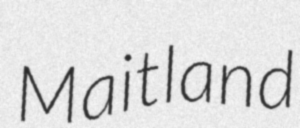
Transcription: Maitland